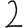
Digit: 2